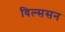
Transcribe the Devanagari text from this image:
विल्ससन